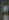
: